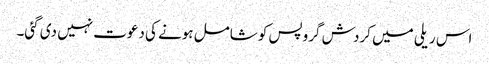
اس ریلی میں کردش گروپس کو شامل ہونے کی دعوت نہیں دی گئی۔